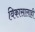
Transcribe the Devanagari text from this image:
विकासालाही